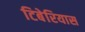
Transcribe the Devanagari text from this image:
टिबेरियास